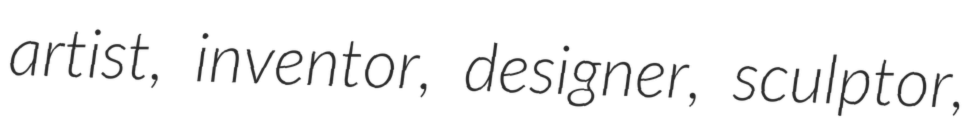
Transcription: artist, inventor, designer, sculptor,